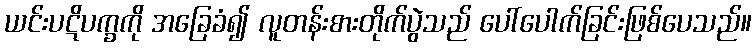
ယင်းပဋိပက္ခကို အခြေခံ၍ လူတန်းစားတိုက်ပွဲသည် ပေါ်ပေါက်ခြင်းဖြစ်ပေသည်။